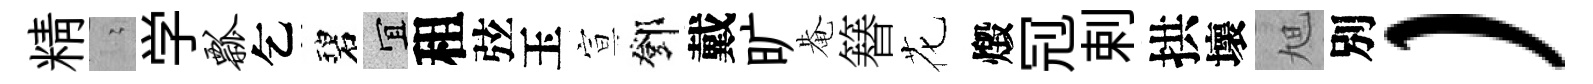
精隐学瓢乞碧宜租弦玉宣鄧戴旷𤲅簮花燬𠜍剌拱壞旭別）